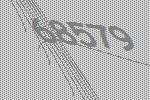
68579